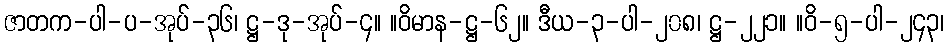
ဇာတက-ပါ-ပ-အုပ်-၃၆၊ ဋ္ဌ-ဒု-အုပ်-၄။ ။ဝိမာန-ဋ္ဌ-၆၂။ ဒီယ-၃-ပါ-၂၀၈၊ ဋ္ဌ-၂၂၁။ ။ဝိ-၅-ပါ-၂၄၃၊